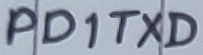
Text: PD1TXD